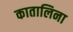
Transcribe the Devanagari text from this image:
कातालिना